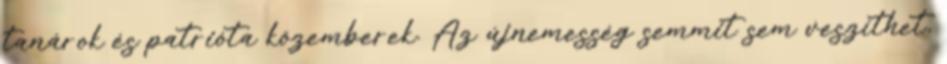
tanárok és patrióta közemberek. Az újnemesség semmit sem veszíthet,